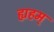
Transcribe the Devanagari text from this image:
ह्यहम्